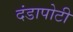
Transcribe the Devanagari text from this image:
दंडापोटी